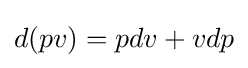
d(pv)=pdv+vdp